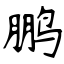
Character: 鹏